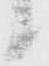
候